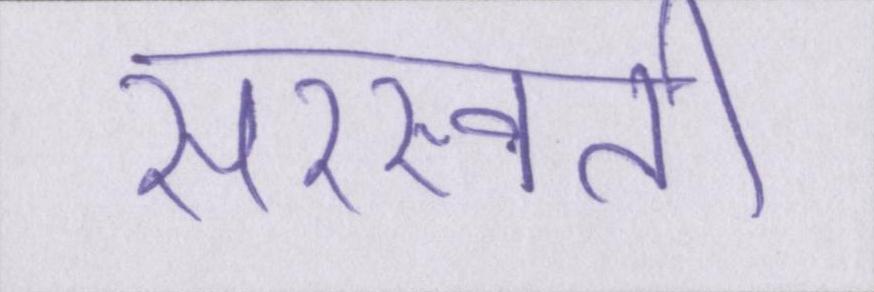
सरस्वती